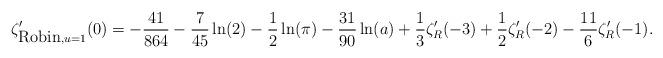
LaTeX: \begin{align*}\zeta_{{\mbox {Robin}},u=1}'(0)=-{41\over 864}-{7\over 45}\ln(2)-{1\over 2}\ln(\pi)-{31\over 90}\ln(a)+{1\over 3}\zeta_{R}'(-3)+{1\over 2}\zeta_{R}'(-2)-{11\over 6}\zeta_{R}'(-1) .\end{align*}